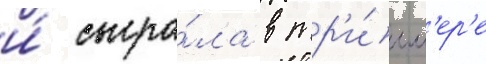
и́ сыгра́ла в тр'и́лл'ер'е